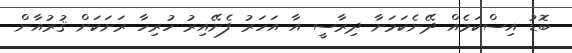
ބޮޑު އިސްކަމެއް ދޭނެކަމަށާ ދިރާސީ އާ އަހަރު ފެށޭއިރު ހުރިހާ ރަށަކަށް ޤުރުއާން